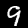
Label: 9